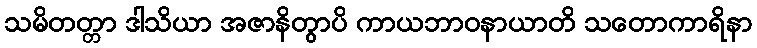
သမိတတ္တာ ဒါသိယာ အဇာနိတွာပိ ကာယဘာဝနာယာတိ သတောကာရိနာ